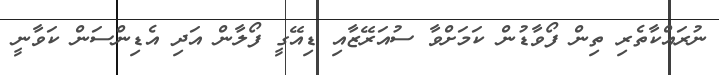
ނުރައްކާތެރި ތިން ފޯވާޑުން ކަމަށްވާ ސުއަރޭޒާއި ޑިއޭގީ ފޯލާން އަދި އެޑިންސަން ކަވާނީ